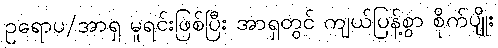
ဥရောပ/အာရှ မူရင်းဖြစ်ပြီး အာရှတွင် ကျယ်ပြန့်စွာ စိုက်ပျိုး